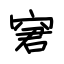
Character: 窘